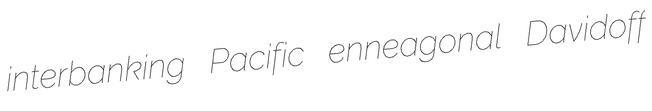
interbanking Pacific enneagonal Davidoff